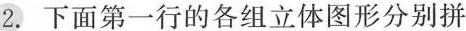
2. 下面第一行的各组立体图形分别拼